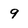
Character: 9